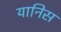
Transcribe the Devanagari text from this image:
यानिस